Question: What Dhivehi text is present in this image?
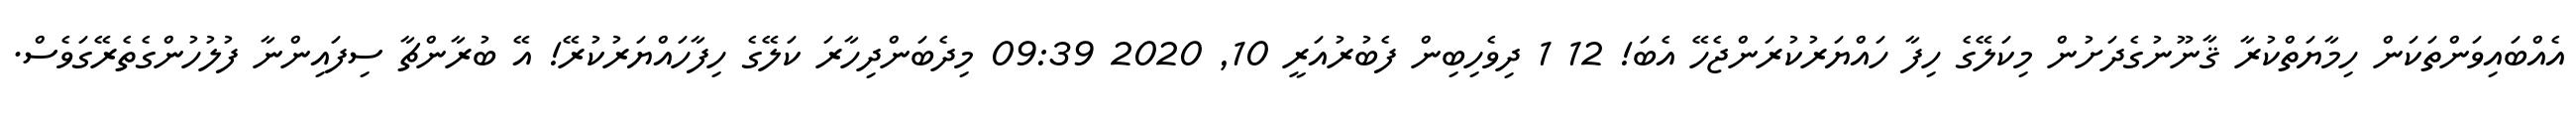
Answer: އެއްބައިވަންތަކަން ހިމާޔަތްކުރާ ޤާނޫނުގެދަށުން މިކަލޭގެ ހިފާ ހައްޔަރުކުރަންޖެހޭ އެބަ! 12 1 ދިވެހިބިން ފެބުރުއަރީ 10, 2020 09:39 މިދެބަންދިހާރަ ކަލޭގެ ހިފާހައްޔަރުކުރޭ! އޭ ބުރާންޗާ ސިފައިންނާ ފުލުހުންގެތެރޭގަވެސް.